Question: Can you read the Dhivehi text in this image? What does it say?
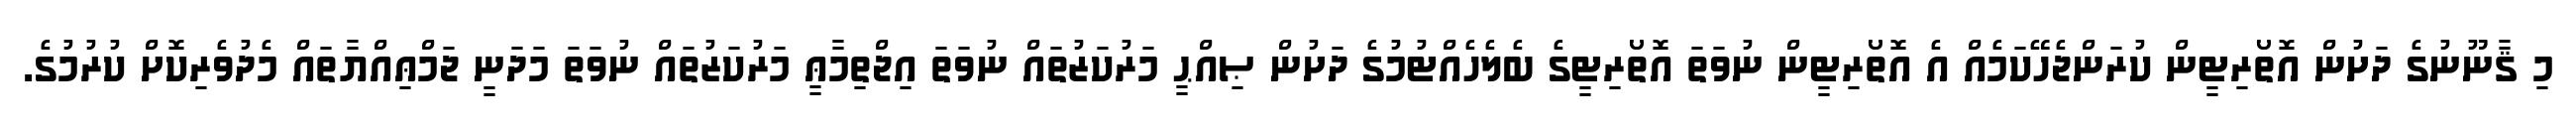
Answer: މި ޤާނޫނުގެ ދަށުން އޮތޯރިޓީން ކުރަންޖެހޭކަމެއް އެ އޮތޯރިޓީން ނުވަތަ އޮތޯރިޓީގެ ބެލެހެއްޓުމުގެ ދަށުން ޞިއްޙީ މަރުކަޒުތައް ނުވަތަ އިޖްތިމާޢީ މަރުކަޒުތައް ނުވަތަ މަދަނީ ޖަމްޢިއްޔާތައް މެދުވެރިކޮށް ކުރުމުގެ.